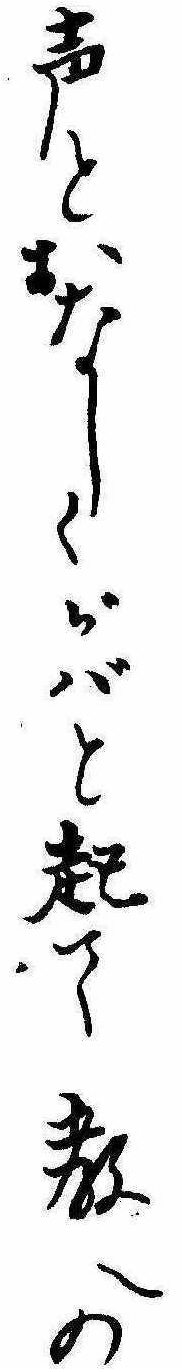
声とおなしくがばと起て教への